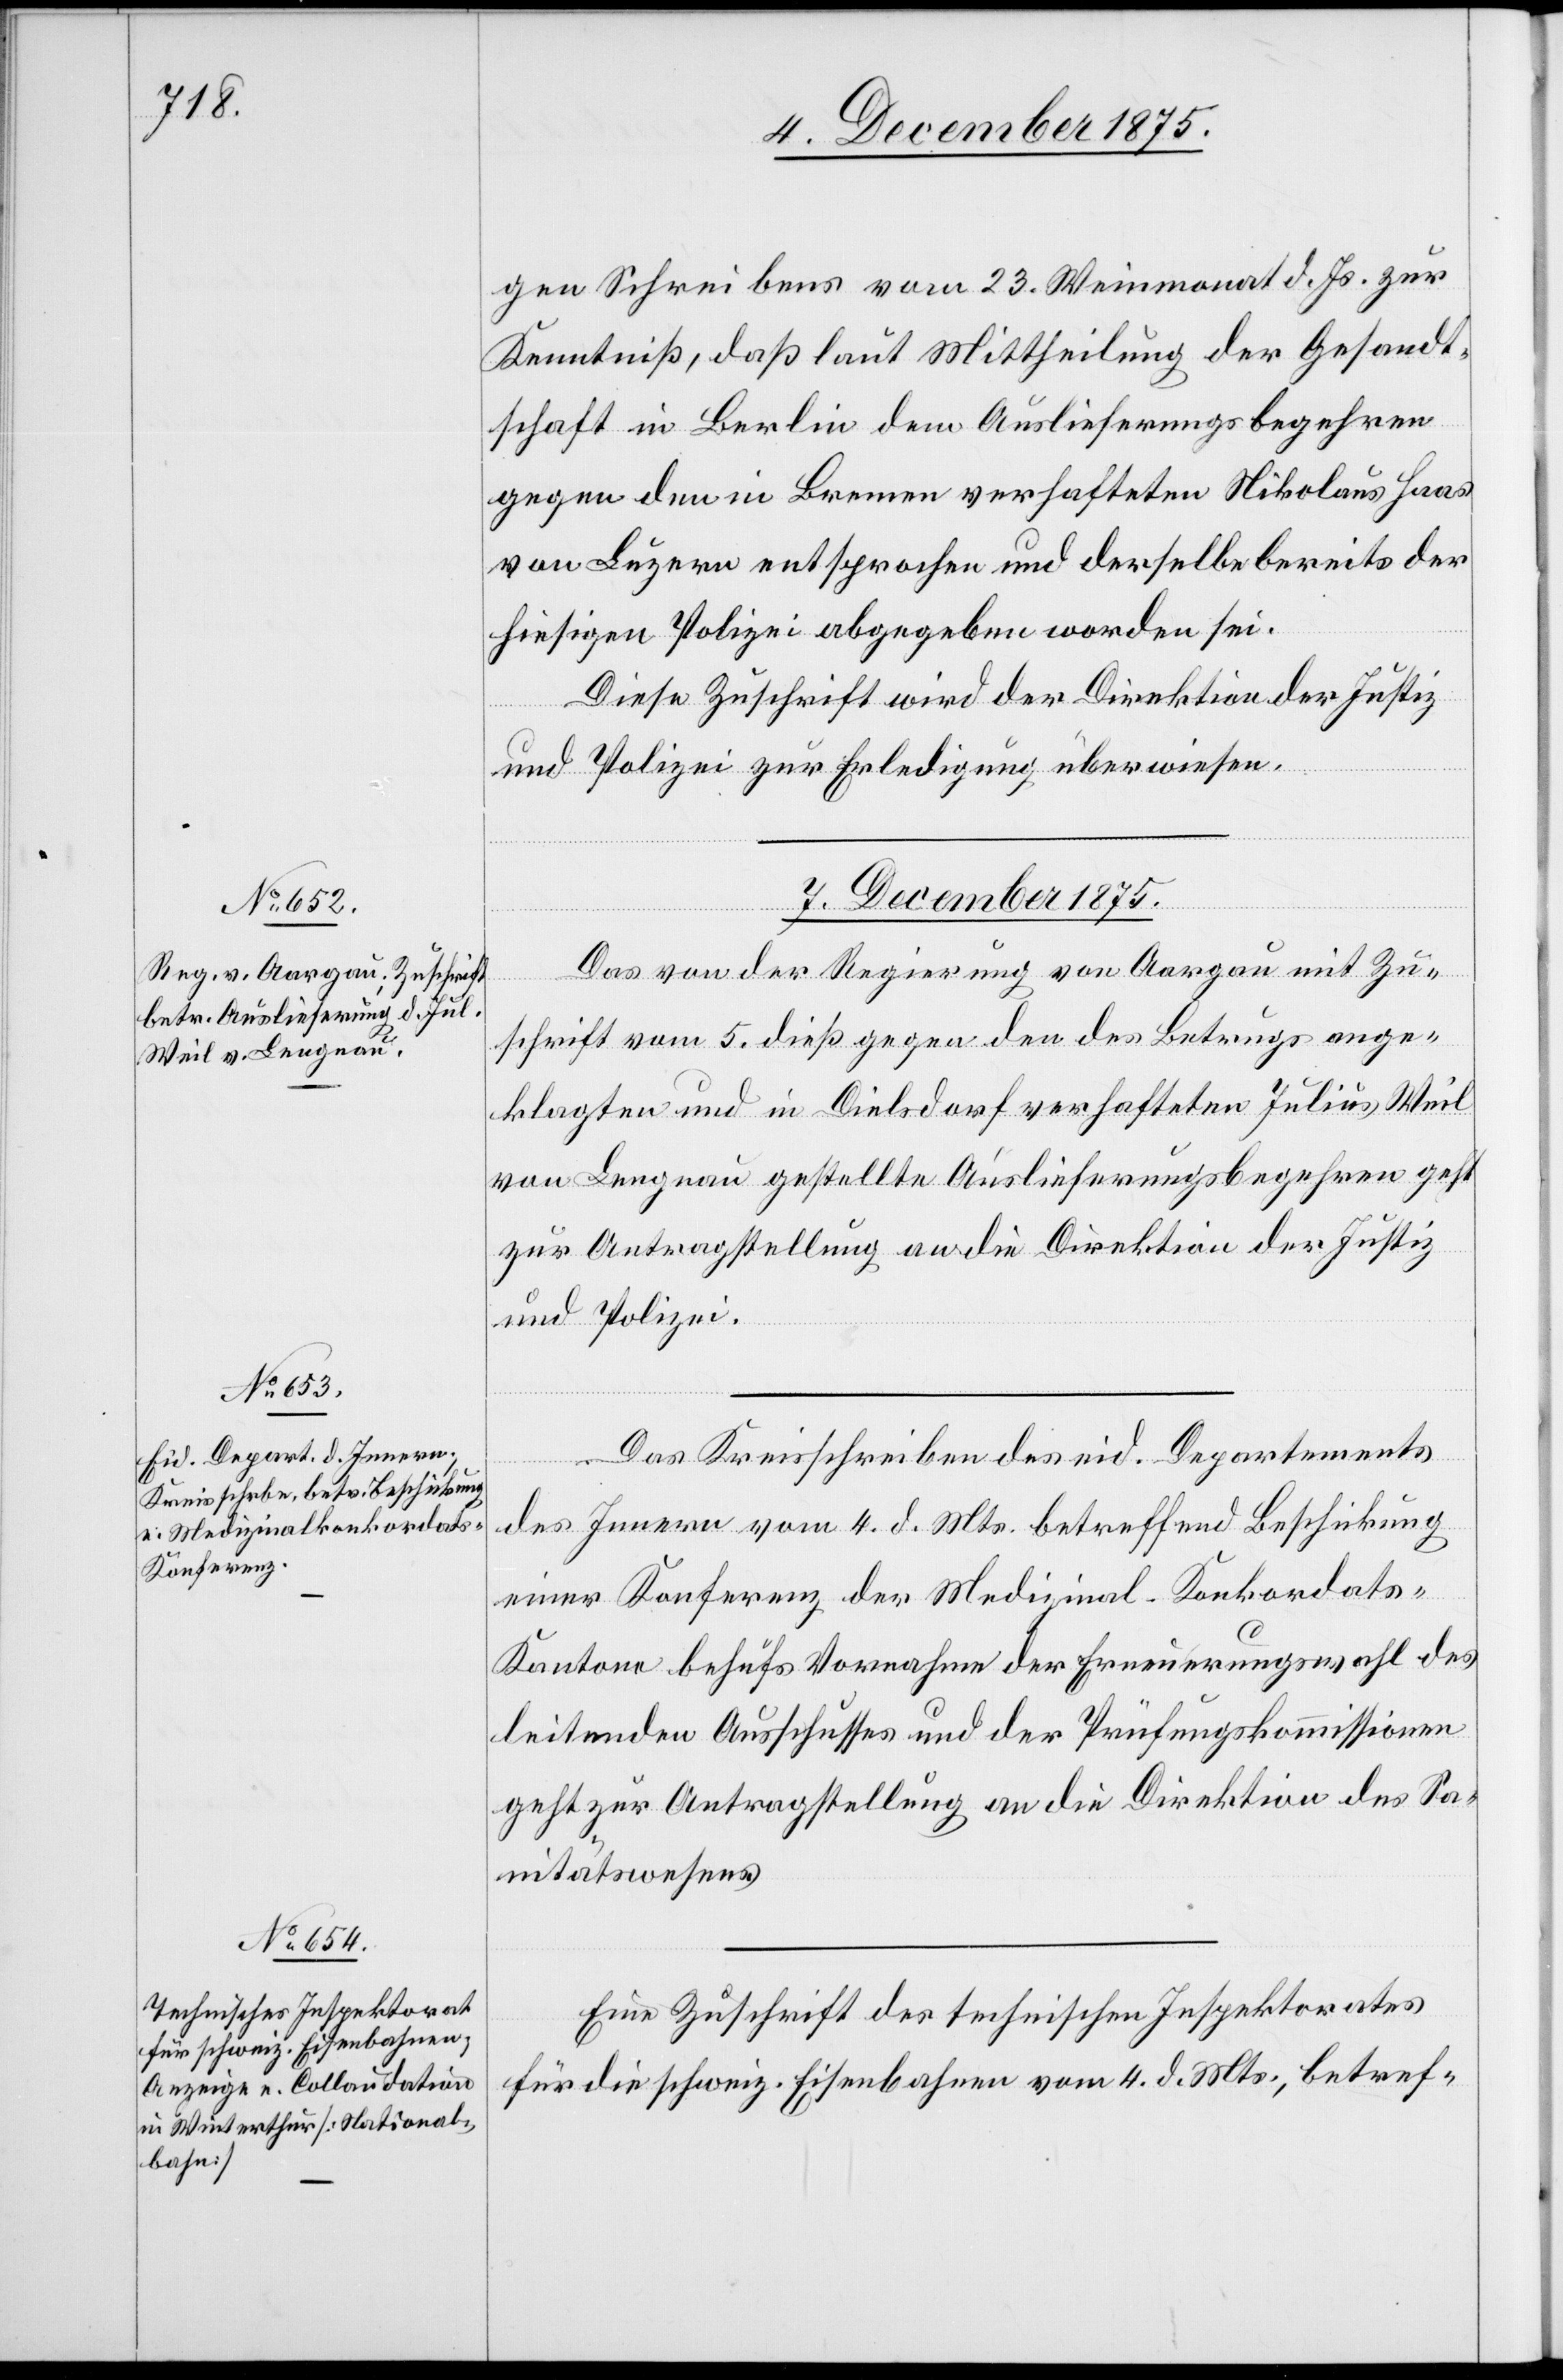
gen Schreibens vom 23. Weinmonat d. Js. zur
Kenntniß, daß laut Mittheilung der Gesandt¬
schaft in Berlin dem Auslieferungsbegehren
gegen den in Bremen verhafteten Nikolaus Haas
von Luzern entsprochen und derselbe bereits der
hiesigen Polizei abgegeben worden sei.
Diese Zuschrift wird der Direktion der Justiz
und Polizei zur Erledigung überwiesen.
7. December 1875.]
Das von der Regierung von Aargau mit Zu¬
schrift vom 5. dieß gegen den des Betrugs ange¬
klagten und in Dielsdorf verhafteten Julius Weil
von Lengnau gestellte Auslieferungsbegehren geht
zur Antragstellung an die Direktion der Justiz
und Polizei.
Das Kreisschreiben des eid. Departements
des Innern vom 4. d. Mts. betreffend Beschickung
einer Konferenz der Medizinal-Konkordats-K¬
antone behufs Vornahme der Erneuerungswahl des
leitenden Ausschusses und der Prüfungskommissionen
geht zur Antragstellung an die Direktion des Sa¬
nitätswesens.
Eine Zuschrift des technischen Inspektorates
für die schweiz. Eisenbahnen vom 4. d. Mts., betref-